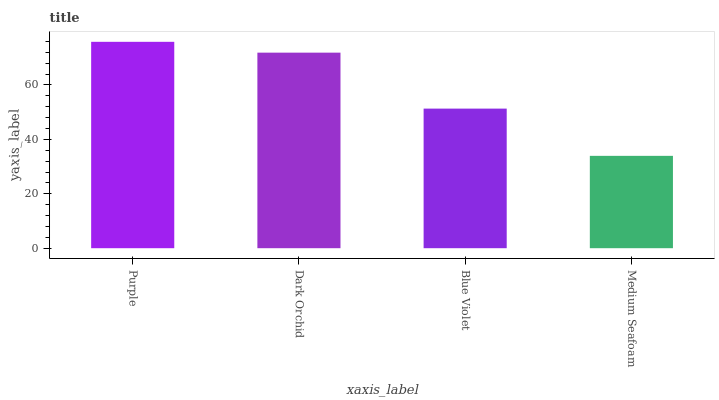
| xaxis_label | bars |
 | --- | --- |
 | Purple | 75.9 |
 | Dark Orchid | 71.9 |
 | Blue Violet | 51.3 |
 | Medium Seafoam | 33.9 |